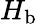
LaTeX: H_{\textrm{b}}